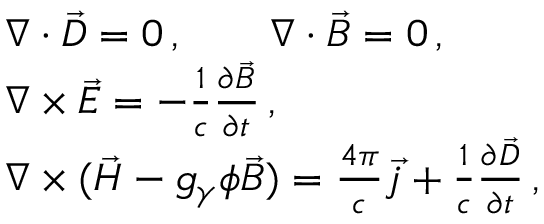
\begin{array} { r l } & { \nabla \cdot \vec { D } = 0 \, , \qquad \nabla \cdot \vec { B } = 0 \, , } \\ & { \nabla \times \vec { E } = - \frac 1 c \frac { \partial \vec { B } } { \partial t } \, , } \\ & { \nabla \times ( \vec { H } - g _ { \gamma } \phi \vec { B } ) = \frac { 4 \pi } { c } \vec { j } + \frac 1 c \frac { \partial \vec { D } } { \partial t } \, , } \end{array}